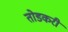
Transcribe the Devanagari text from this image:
तोडकरी